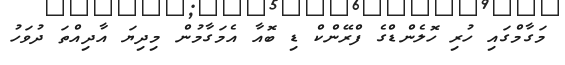
މަގާމްގައި ހުރި ހޮލެންޑްގެ ފްރޭންކް ޑި ބޮއާ އެމަގާމުން މިދިޔަ އާދިއްތަ ދުވަހު